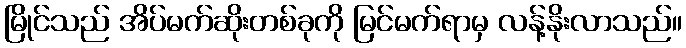
မြိုင်သည် အိပ်မက်ဆိုးတစ်ခုကို မြင်မက်ရာမှ လန့်နိုးလာသည်။